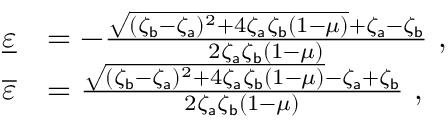
\begin{array} { r l } { \underline { { \varepsilon } } } & { = - \frac { \sqrt { ( \zeta _ { \mathsf { b } } - \zeta _ { \mathsf { a } } ) ^ { 2 } + 4 \zeta _ { \mathsf { a } } \zeta _ { \mathsf { b } } ( 1 - \mu ) } + \zeta _ { \mathsf { a } } - \zeta _ { \mathsf { b } } } { 2 \zeta _ { \mathsf { a } } \zeta _ { \mathsf { b } } ( 1 - \mu ) } \ , } \\ { \overline { { \varepsilon } } } & { = \frac { \sqrt { ( \zeta _ { \mathsf { b } } - \zeta _ { \mathsf { a } } ) ^ { 2 } + 4 \zeta _ { \mathsf { a } } \zeta _ { \mathsf { b } } ( 1 - \mu ) } - \zeta _ { \mathsf { a } } + \zeta _ { \mathsf { b } } } { 2 \zeta _ { \mathsf { a } } \zeta _ { \mathsf { b } } ( 1 - \mu ) } \ , } \end{array}